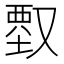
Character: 𠭱